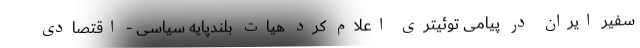
سفیر ایران در پیامی توئیتری اعلام کرد هیات بلندپایه سیاسى - اقتصادى